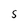
Character: S